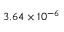
3 . 6 4 \times 1 0 ^ { - 6 }